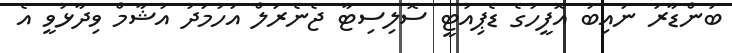
ބަންޑާރަ ނައިބު އޮފީހުގެ ޑެޕިއުޓީ ސޮލިސިޓާ ޖެނެރަލް އަހުމަދު އުޝާމް ވިދާޅުވީ އެ